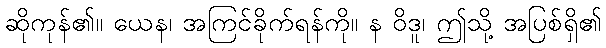
ဆိုကုန်၏။ ယေန၊ အကြင်ခိုက်ရန်ကို။ န ဝိဒူ၊ ဤသို့ အပြစ်ရှိ၏